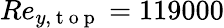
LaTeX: Re_{y,\mathrm{~t~o~p~}}=119000